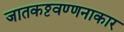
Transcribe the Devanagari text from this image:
जातकट्ठवण्णनाकार